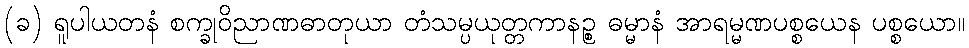
(ခ) ရူပါယတနံ စက္ခုဝိညာဏဓာတုယာ တံသမ္ပယုတ္တကာနဉ္စ ဓမ္မာနံ အာရမ္မဏပစ္စယေန ပစ္စယော။